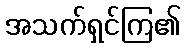
အသက်ရှင်ကြ၏